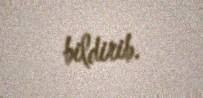
bildirib.